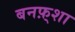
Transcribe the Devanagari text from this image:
बनफ़्शा